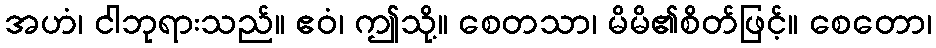
အဟံ၊ ငါဘုရားသည်။ ဧဝံ၊ ဤသို့။ စေတသာ၊ မိမိ၏စိတ်ဖြင့်။ စေတော၊